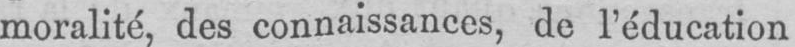
moralité, des connaissances, de l’éducation